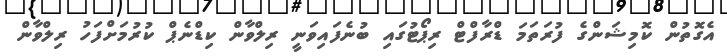
އެގޮތުން ކޮމިޝަންގެ ފުރަތަމަ ޑްރާފްޓް ރިޕޯޓުގައި ބުނެފައިވަނީ ރިލްވާން ކިޑްނެޕް ކުރުމަށްފަހު ރިލްވާން